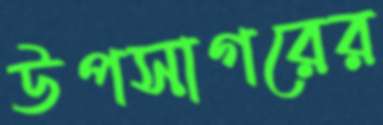
উপসাগরের